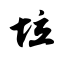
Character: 垃